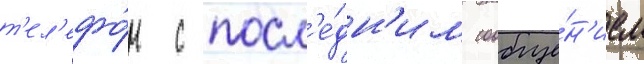
т'ел'ефо́н с посл'е́дн'им сообще́н'ием